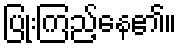
ပြုံးကြည့်နေ၏။